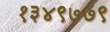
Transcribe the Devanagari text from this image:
१३४९७७९